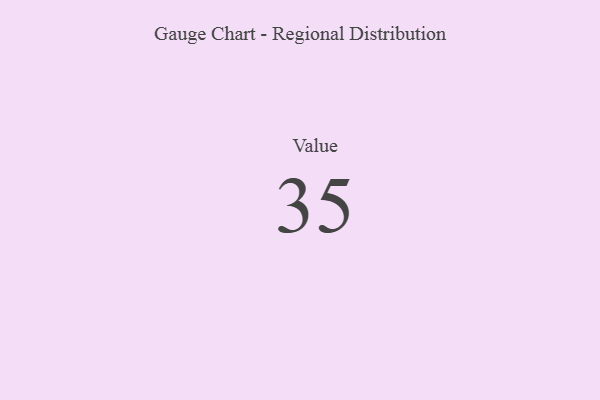
{"axis": {"x": "Metric", "y": "Value"}, "legend": [""], "data": [{"x": "Value", "y": 35, "type": ""}]}